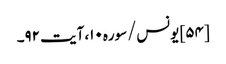
[۵۴] یونس/سوره۱۰، آیت ۹۲۔